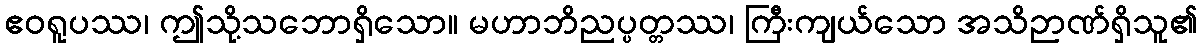
ဧဝရူပဿ၊ ဤသို့သဘောရှိသော။ မဟာဘိညပ္ပတ္တဿ၊ ကြီးကျယ်သော အသိဉာဏ်ရှိသူ၏